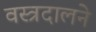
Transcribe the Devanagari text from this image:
वस्त्रदालने